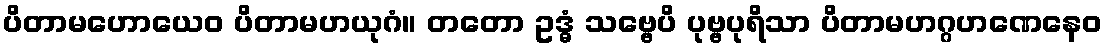
ပိတာမဟောယေဝ ပိတာမဟယုဂံ။ တတော ဥဒ္ဓံ သဗ္ဗေပိ ပုဗ္ဗပုရိသာ ပိတာမဟဂ္ဂဟဏေနေဝ